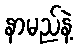
နာမည်နဲ့